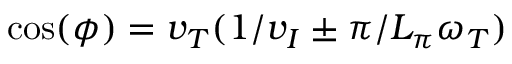
\cos ( \phi ) = v _ { T } ( 1 / v _ { I } \pm \pi / L _ { \pi } \omega _ { T } )